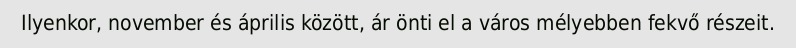
Ilyenkor, november és április között, ár önti el a város mélyebben fekvő részeit.